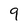
Character: 9